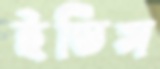
ইডিস